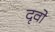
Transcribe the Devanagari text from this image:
दृवो